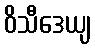
ဝိသီဒေယျ